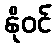
နိုဝင်